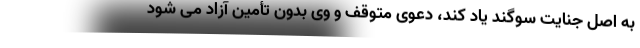
به اصل جنایت سوگند یاد کند، دعوی متوقف و وی بدون تأمین آزاد می شود